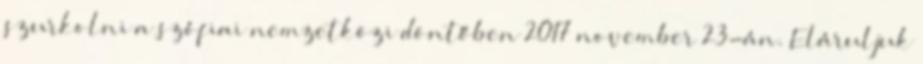
szurkolni a szófiai nemzetközi döntőben 2017 november 23-án. Eláruljuk